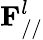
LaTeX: \mathbf{F}_{//}^{l}